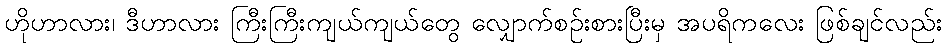
ဟိုဟာလား၊ ဒီဟာလား ကြီးကြီးကျယ်ကျယ်တွေ လျှောက်စဉ်းစားပြီးမှ အပရိကလေး ဖြစ်ချင်လည်း